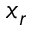
x _ { r }